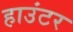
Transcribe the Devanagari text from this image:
हाउंटर